Annual report on the Civil Veterinary Department, Burma (including the Insein Veterinary School) - 1932-1941
Year: 1932
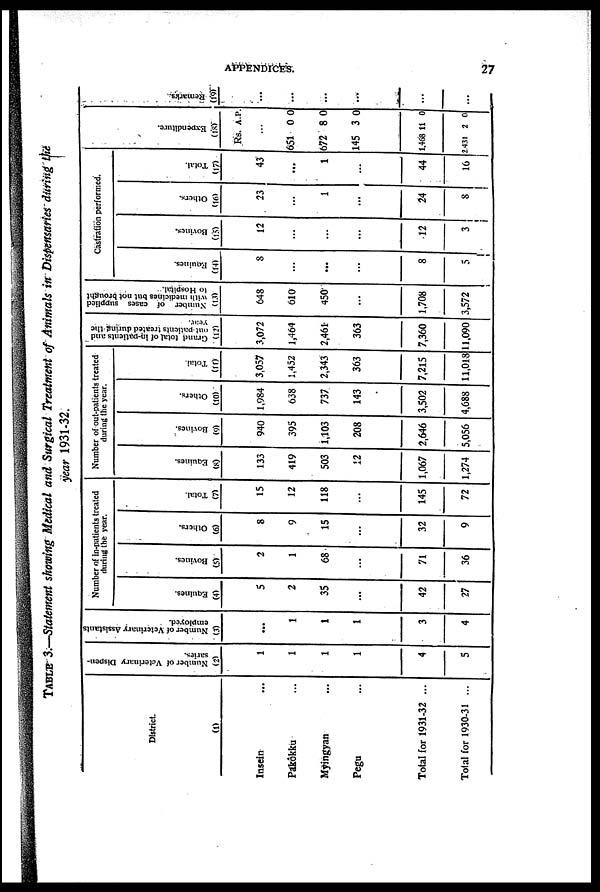
APPENDICES.
27
TABLE 3.—Statement showing Medical and Surgical Treatment of Animals in Dispensaries during the
year 1931-32.
District.
(1)
Insein ...
Pakôkku ...
Myingyan ...
Pegu ...
Total for 1931-32 ...
Total for 1930-31 ...
Number of Veterinary Dispen-
saries.
(2)
1
1
1
1
4
5
Number of Veterinary Assistants
employed.
(3)
...
1
1
1
3
4
Number of in-patients treated
during the year.
Equines.
(4)
5
2
35
...
42
27
Bovines.
(5)
2
1
68
...
71
36
Others.
(6)
8
9
15
...
32
9
Total.
(7)
15
12
118
...
145
72
Number of out-patients treated
during the year.
Equines.
(8)
133
419
503
12
1,067
1,274
Bovines.
(9)
940
395
1,103
208
2,646
5,056
Others.
(10)
1,984
638
737
143
3,502
4,688
Total.
(11)
3,057
1,452
2,343
363
7,215
11,018
Grand total of in-patients and
out-patients treated during the
year.
(12)
3,072
1,464
2,461
363
7,360
11,090
Number of cases supplied
with medicines but not brought
to Hospital.
(13)
648
610
450
...
1,708
3,572
Castration performed.
Equines.
(14)
8
...
...
...
8
5
Bovines.
(15)
12
...
...
...
12
3
Others.
(16)
23
...
1
...
24
8
Total.
(17)
43
...
1
...
44
16
Expe ndi t
ur e .
(18)
Rs.
...
651
672
145
1,468
2431
A.
0
8
3
11
2
P.
0
0
0
0
0
Re ma r
ks .
(19)
...
...
...
...
...
...